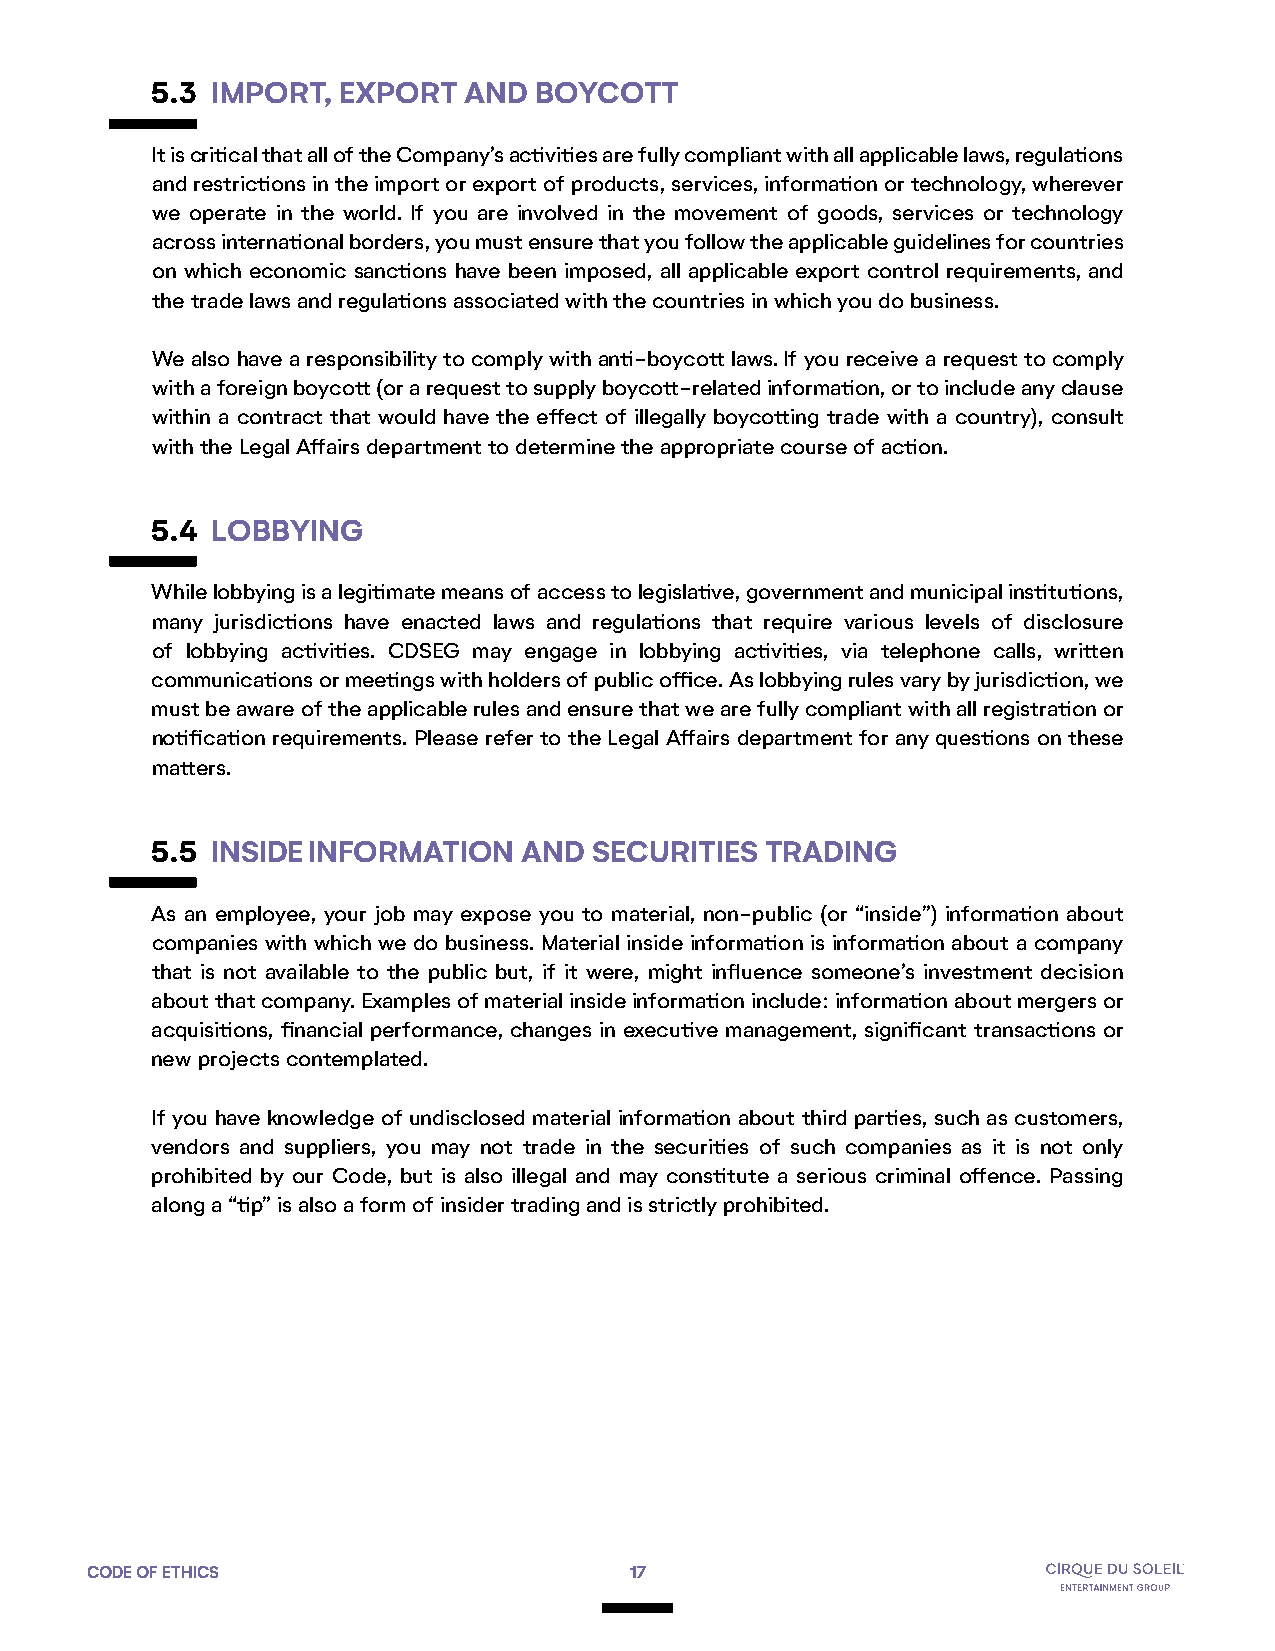
5.3 IMPORT,  EXPORT  AND BOYCOTT
 It is critical that all of the Company’s activities are fully compliant with all applicable laws, regulations
 and restrictions in the import or export of products, services, information or technology, wherever
 we operate in the world. If you are involved in the movement of goods, services or technology
 across international borders, you must ensure that you follow the applicable guidelines for countries
 on which economic sanctions have been imposed, all applicable export control requirements, and
 the trade laws and regulations associated with the countries in which you do business.
 We also have a responsibility to comply with anti-boycott laws. If you receive a request to comply
 with a foreign boycott (or a request to supply boycott-related information, or to include any clause
 within a contract that would have the effect of illegally boycotting trade with a country), consult
 with the Legal Affairs department to determine the appropriate course of action.
 5.4 LOBBYING
 While lobbying is a legitimate means of access to legislative, government and municipal institutions,
 many jurisdictions have enacted laws and regulations that require various levels of disclosure
 of lobbying activities. CDSEG may engage in lobbying activities, via telephone calls, written
 communications or meetings with holders of public office. As lobbying rules vary by jurisdiction, we
 must be aware of the applicable rules and ensure that we are fully compliant with all registration or
 notification requirements. Please refer to the Legal Affairs department for any questions on these
 matters.
 5.5 INSIDE INFORMATION   AND SECURITIES  TRADING
 As an employee, your job may expose you to material, non-public (or “inside”) information about
 companies with which we do business. Material inside information is information about a company
 that is not available to the public but, if it were, might influence someone’s investment decision
 about that company. Examples of material inside information include: information about mergers or
 acquisitions, financial performance, changes in executive management, significant transactions or
 new projects contemplated.
 If you have knowledge of undisclosed material information about third parties, such as customers,
 vendors and suppliers, you may not trade in the securities of such companies as it is not only
 prohibited by our Code, but is also illegal and may constitute a serious criminal offence. Passing
 along a “tip” is also a form of insider trading and is strictly prohibited.
 CODE OF ETHICS                      17